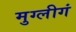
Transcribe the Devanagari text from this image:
मुग्लीगं